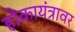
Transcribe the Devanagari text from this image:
होकायंत्रावर